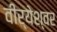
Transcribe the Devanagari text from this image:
वीर्येश्वर